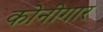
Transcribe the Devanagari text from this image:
कोनीगार